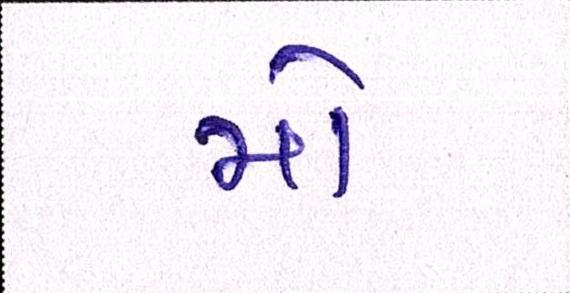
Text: મો